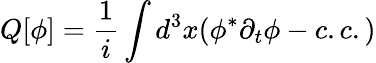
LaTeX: Q[\phi]=\frac{1}{i}\int d^{3}x(\phi^{\ast}\partial_{t}\phi-c.c.)